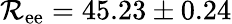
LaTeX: \mathcal{R}_{\mathrm{{ee}}}=45.23\pm0.24